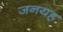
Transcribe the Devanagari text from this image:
जनयह